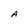
Character: A